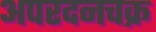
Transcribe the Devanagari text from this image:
अपरदनचक्र